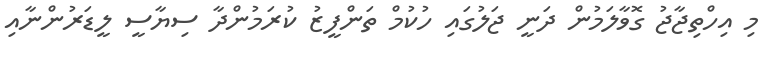
މި އިހްތިޖާޖު ގޮވާލަމުން ދަނީ ޖަލުގައި ހުކުމް ތަންފީޒު ކުރަމުންދާ ސިޔާސީ ލީޑަރުންނާއި